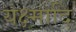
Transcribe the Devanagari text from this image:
यक्ष्मादि